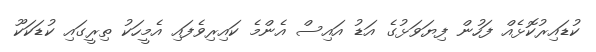
ކުޑައިރުކޮޅެއް ފަހުން ފިޔަވަޅުގެ އަޑު އައިސް އެންމެ ކައިރިވެފައި އެމީހަކު ތިރީގައި ކުޑަކަކޫ